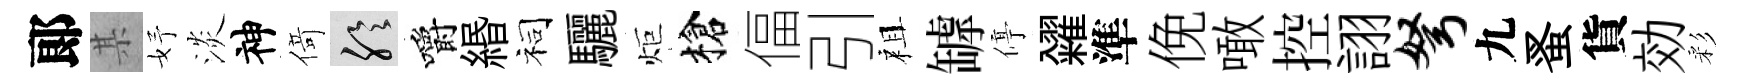
郞某妤淡神𠋣聆嚼緡祠驪炬槍偪引祖罅停糴準俛噉控詡弩九蚤貨効彩